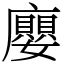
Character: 廮